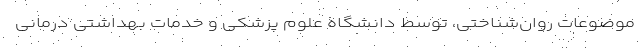
موضوعات روان‌شناختی، توسط دانشگاه علوم پزشکی و خدمات بهداشتی درمانی